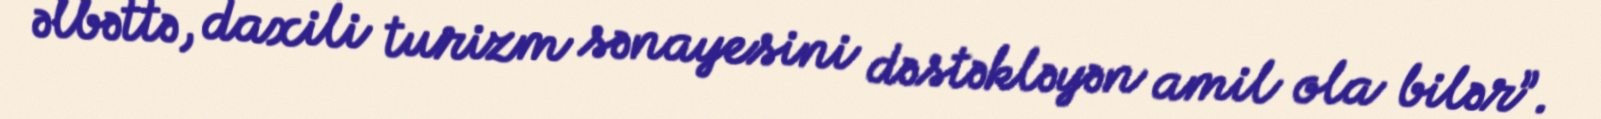
əlbəttə, daxili turizm sənayesini dəstəkləyən amil ola bilər”.